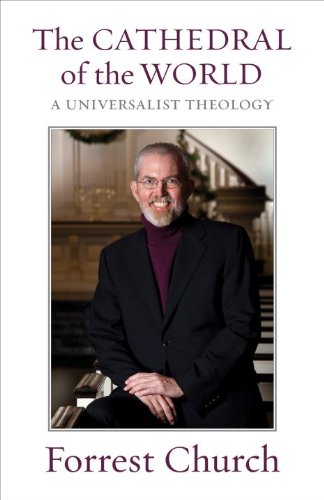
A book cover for The Cathedral of the World: A Universalist Theology; Forrest Church; Religion & Spirituality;